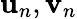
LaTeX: {\mathbf u}_{n},{\mathbf v}_{n}